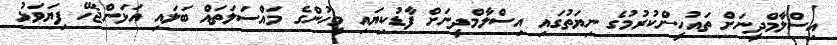
އިސްލާމްދީނަށް ތައުހީންކުރުމުގެ ނިޔަތުގައި އިސްލާމްދީނަށް ފާޑުކިޔައި މީހުންގެ މައްސަލަތައް ބަލައި އަޅަންޖެހޭ ފިޔަވަޅު